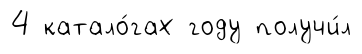
4 катало́гах году получи́л